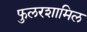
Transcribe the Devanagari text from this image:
फुलरशामिल